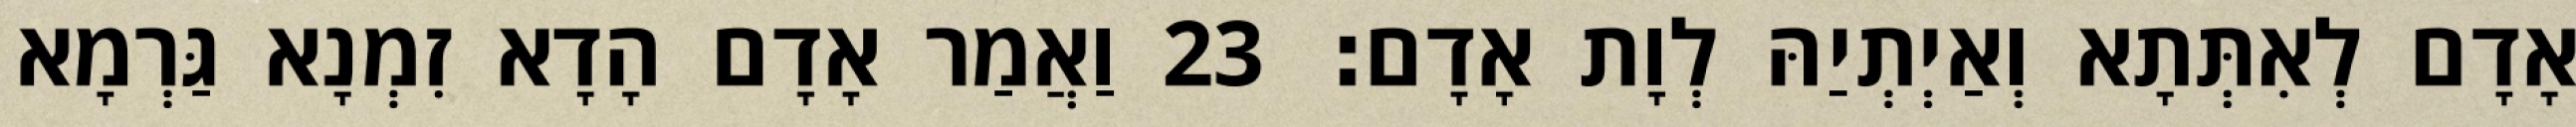
אָדָם לְאִתְּתָא וְאַיְתְיַהּ לְוָת אָדָם׃ 23 וַאֲמַר אָדָם הָדָא זִמְנָא גַּרְמָא